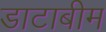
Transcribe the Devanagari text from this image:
डाटाबीम